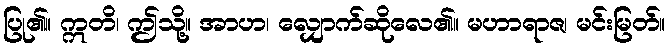
ပြု၏။ ဣတိ၊ ဤသို့။ အာဟ၊ လျှောက်ဆိုလေ၏။ မဟာရာဇ၊ မင်းမြတ်။